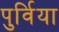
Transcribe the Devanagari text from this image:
पुर्विया